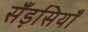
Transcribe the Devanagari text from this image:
सँड़सियाँ